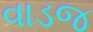
વાડજ